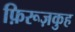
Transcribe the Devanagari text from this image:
फ़िरूज़कुह